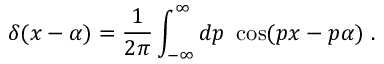
\delta ( x - \alpha ) = { \frac { 1 } { 2 \pi } } \int _ { - \infty } ^ { \infty } d p \ \cos ( p x - p \alpha ) \ .